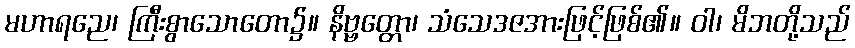
မဟာရညေ၊ ကြီးစွာသောတော၌။ နိဗ္ဗတ္တော၊ သံသေဒဇအားဖြင့်ဖြစ်၏။ ဝါ၊ မိဘတို့သည်